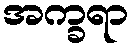
အက္ခရာ